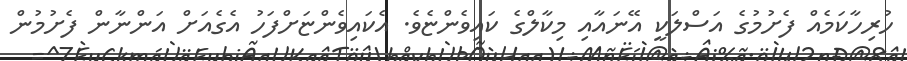
ހުރިހާކަމެއް ފެށުމުގެ އަސްލަކީ އޭނައާއި މިކާލްގެ ކައިވެންޏެވެ. އެކައިވެންޏަށްފަހު އެގެއަށް އަންނާން ފެށުމުން